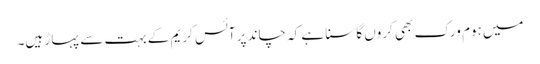
میں ہوم ورک بھی کروں گا سنا ہے کہ چاند پر آئس کریم کے بہت سے پہاڑ ہیں۔